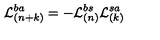
{ \cal L } _ { ( n + k ) } ^ { b a } = - { \cal L } _ { ( n ) } ^ { b s } { \cal L } _ { ( k ) } ^ { s a }